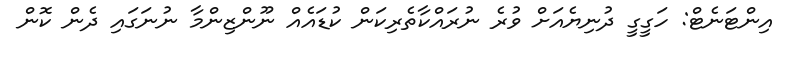
އިންޓަނެޓް: ހަގީގީ ދުނިޔެއަށް ވުރެ ނުރައްކާތެރިކަން ކުޑައެއް ނޫންޒިންމާ ނުނަގައި ދެން ކޮން